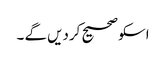
اسکو صحیح کردیں گے ۔